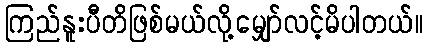
ကြည်နူးပီတိဖြစ်မယ်လို့မျှော်လင့်မိပါတယ်။